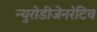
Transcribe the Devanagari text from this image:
न्युरोडीजेनरेटिव